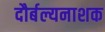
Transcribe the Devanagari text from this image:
दौर्बल्यनाशक